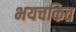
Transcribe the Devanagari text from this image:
भयचकित